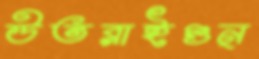
উতরাইগুন্